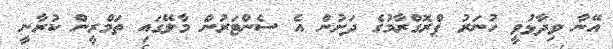
އޭނާ ވިދާޅުވީ ހުނަރު ޕްރޮގްރާމުގެ ދަށުން އެ ސެންޓަރުން މާލޭގައި ތަމްރީން ކުރާނީ